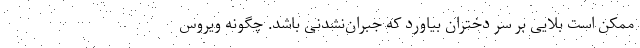
ممکن است بلایی بر سر دختران بیاورد که جبران‌نشدنی باشد. چگونه ویروس